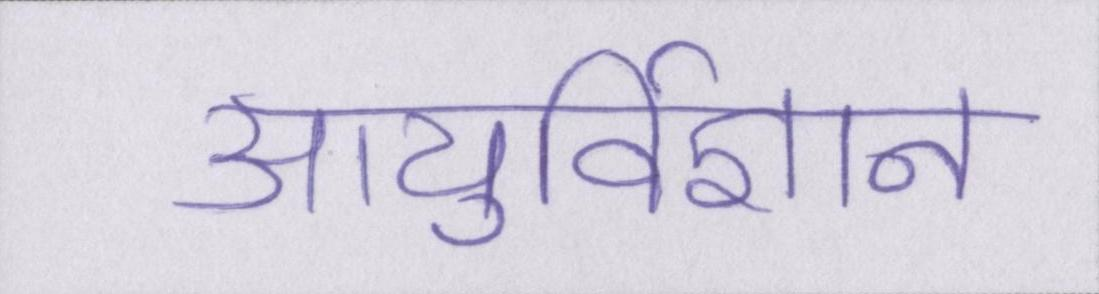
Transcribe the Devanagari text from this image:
आयुर्विज्ञान